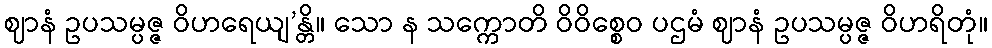
ဈာနံ ဥပသမ္ပဇ္ဇ ဝိဟရေယျ’န္တိ။ သော န သက္ကောတိ ဝိဝိစ္စေဝ ပဌမံ ဈာနံ ဥပသမ္ပဇ္ဇ ဝိဟရိတုံ။